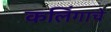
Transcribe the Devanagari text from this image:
कलिंगाचे